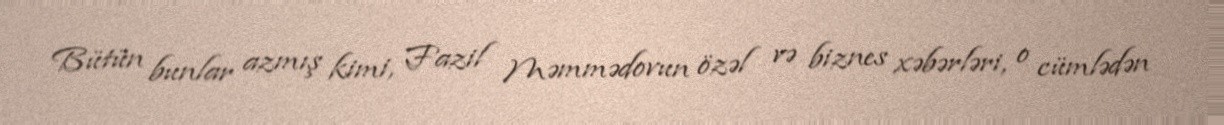
Bütün bunlar azmış kimi, Fazil Məmmədovun özəl və biznes xəbərləri, o cümlədən